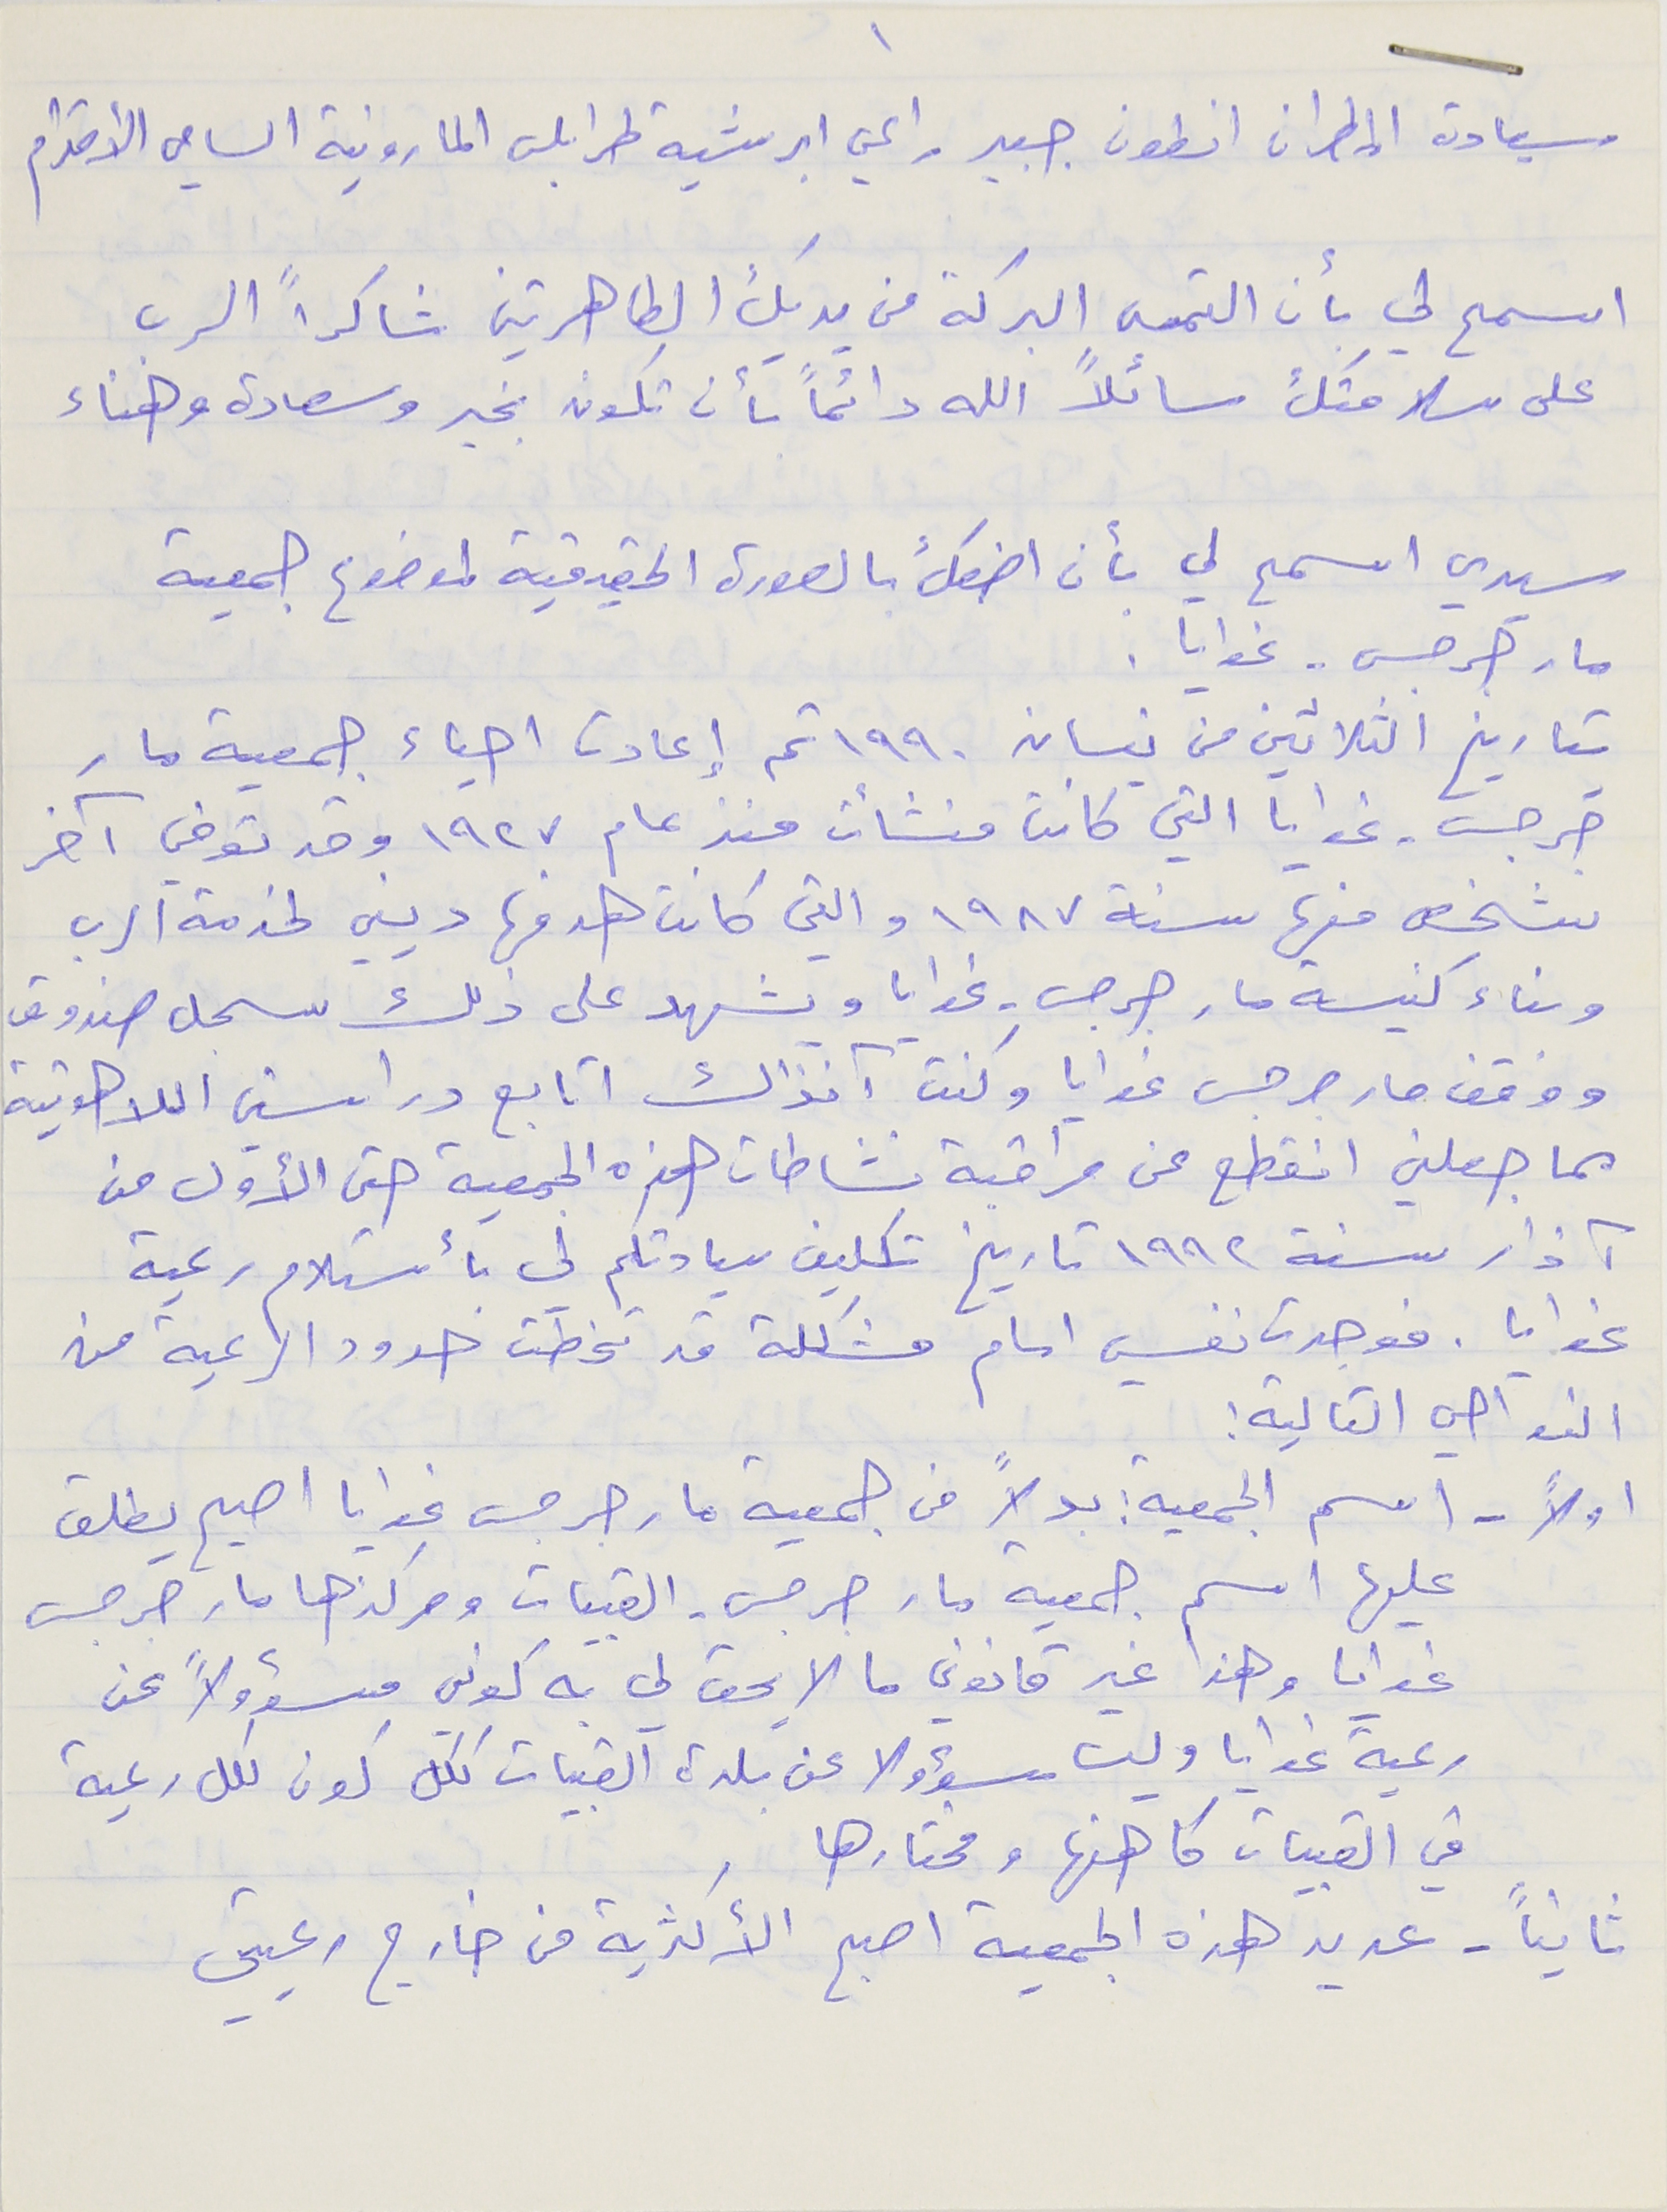
سيادة المطران انطون جبير راعي ابرشية طرابلس المارونية السامي الاحترام
اسمح لي بأن التمس البركة من يديك الطاهرتين شاكراً الرب
على سلامتك سائلاً الله دائماً بأن تكون بخير وسعادة وهناء
سيدي اسمح لي بأن اضعك بالصورة الحقيقية لموضوع جمعية
مار جرجس - غوايا .
بتاريخ الثلاثين من نيسان ١٩٩٠ تم إعادت احياء جمعية مار
جرجسَ، غوايا التي كانت منشأت منذ عام ١٩٢٧ وقد توفي آخر
شخص منها سنة ١٩٨٧ والتي كانت هدفها ديني لخدمة الرب
وبناء كنيسة مار جرجس - غوايا ويشهد على ذلك سجل صندوق
ووقف مار جرجس غوايا وكنت آنذاك اتابع دراستي اللاهوتية
مما جعلني انقطع عن مراقبة نشاطات هذه الجمعية حتى الأول من
آذار سنة ١٩٩٢ تاريخ تكليف سيادتكم لى بأستلام رعية
غوايا . فوجدت نفسي امام مشكلة قد تخطت حدود الرعية من
النواحي التالية :
اولاً - اسم الجمعية ؛ بدلاً من جمعية مار جرجس غوايا اصبح يطلق
عليها اسم جمعية مار جرجس - القبيات ومركزها مار جرجس
غوايا وهذا غير قانوني ما لا يحق لي به كوني مسؤولاً عن
رعية غوايا وليس مسؤولا عن بلدة القبيات ككل كون لكل رعية
في القبيات كاهنها ومختارها
ثانياً – عديد هذه الجمعية اصبح الأكثرية من خارج رعيتي